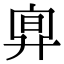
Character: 𣆼